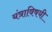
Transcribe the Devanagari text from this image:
यंत्राविषयी